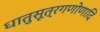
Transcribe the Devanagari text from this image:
धातुसूत्रगणोणादि